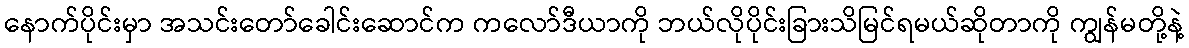
နောက်ပိုင်းမှာ အသင်းတော်ခေါင်းဆောင်က ကလော်ဒီယာကို ဘယ်လိုပိုင်းခြားသိမြင်ရမယ်ဆိုတာကို ကျွန်မတို့နဲ့